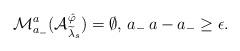
LaTeX: \begin{align*}\mathcal{M}_{a_-}^{a}(\mathcal{A}_{\widetilde{\lambda}_s}^{\hat{\varphi}}) = \emptyset, \, a_- \, a - a_- \geq \epsilon. \end{align*}